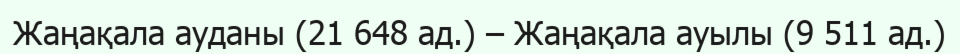
Жаңақала ауданы (21 648 ад.) – Жаңақала ауылы (9 511 ад.)